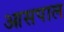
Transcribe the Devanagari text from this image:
आसपाल